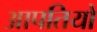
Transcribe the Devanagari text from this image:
आपतियों